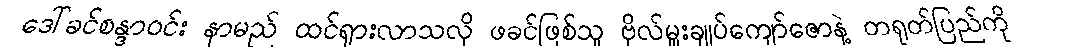
ဒေါ်ခင်စန္ဒာဝင်း နာမည် ထင်ရှားလာသလို ဖခင်ဖြစ်သူ ဗိုလ်မှူးချုပ်ကျော်ဇောနဲ့ တရုတ်ပြည်ကို